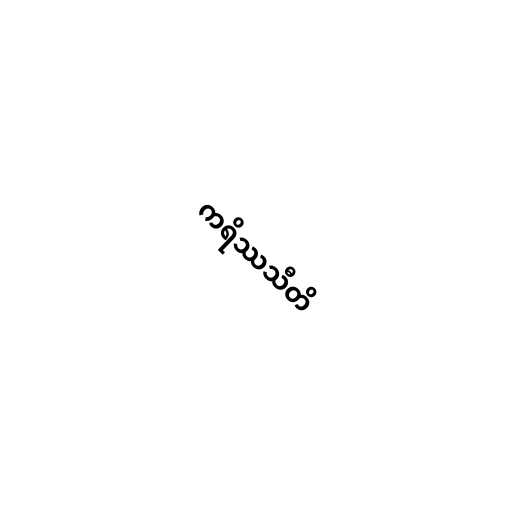
ကရိဿသီတိ